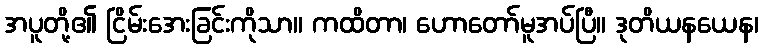
အပူတို့၏ ငြိမ်းအေးခြင်းကိုသာ။ ကထိတာ၊ ဟောတော်မူအပ်ပြီ။ ဒုတိယနယေန၊